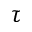
\tau